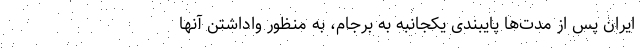
ایران پس از مدت‌ها پایبندی یکجانبه به برجام، به منظور واداشتن آنها